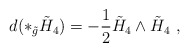
\begin{align*}d(\ast_{\tilde{g}}\tilde{H}_{4})=-\frac{1}{2}\tilde{H}_{4}\wedge \tilde{H}_{4}\ ,\end{align*}